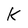
Character: k